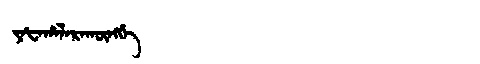
Manchu: ᠶᠠᡶᠠᡥᠠᠯᠠᡵᠠᡴᡡᠩᡤᡝ
Romanization: YAFAHALARAKŪNGGE